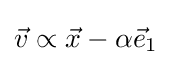
{\vec {v}}\propto {\vec {x}}-\alpha {\vec {e}}_{1}